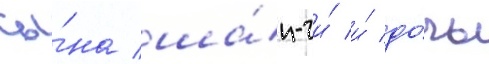
сы́на ша́н-чи́ и́ до́чь